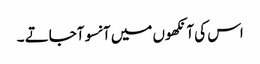
اس کی آنکھوں میں آنسو آجاتے ۔